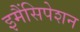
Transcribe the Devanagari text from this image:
इमैंसिपेशन